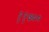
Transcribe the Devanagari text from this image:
११७००